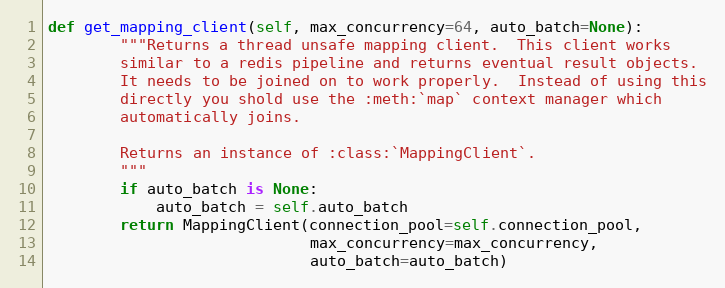
Language: Python
def get_mapping_client(self, max_concurrency=64, auto_batch=None):
        """Returns a thread unsafe mapping client.  This client works
        similar to a redis pipeline and returns eventual result objects.
        It needs to be joined on to work properly.  Instead of using this
        directly you shold use the :meth:`map` context manager which
        automatically joins.

        Returns an instance of :class:`MappingClient`.
        """
        if auto_batch is None:
            auto_batch = self.auto_batch
        return MappingClient(connection_pool=self.connection_pool,
                             max_concurrency=max_concurrency,
                             auto_batch=auto_batch)